Virumaa_algkoolid, lk 18
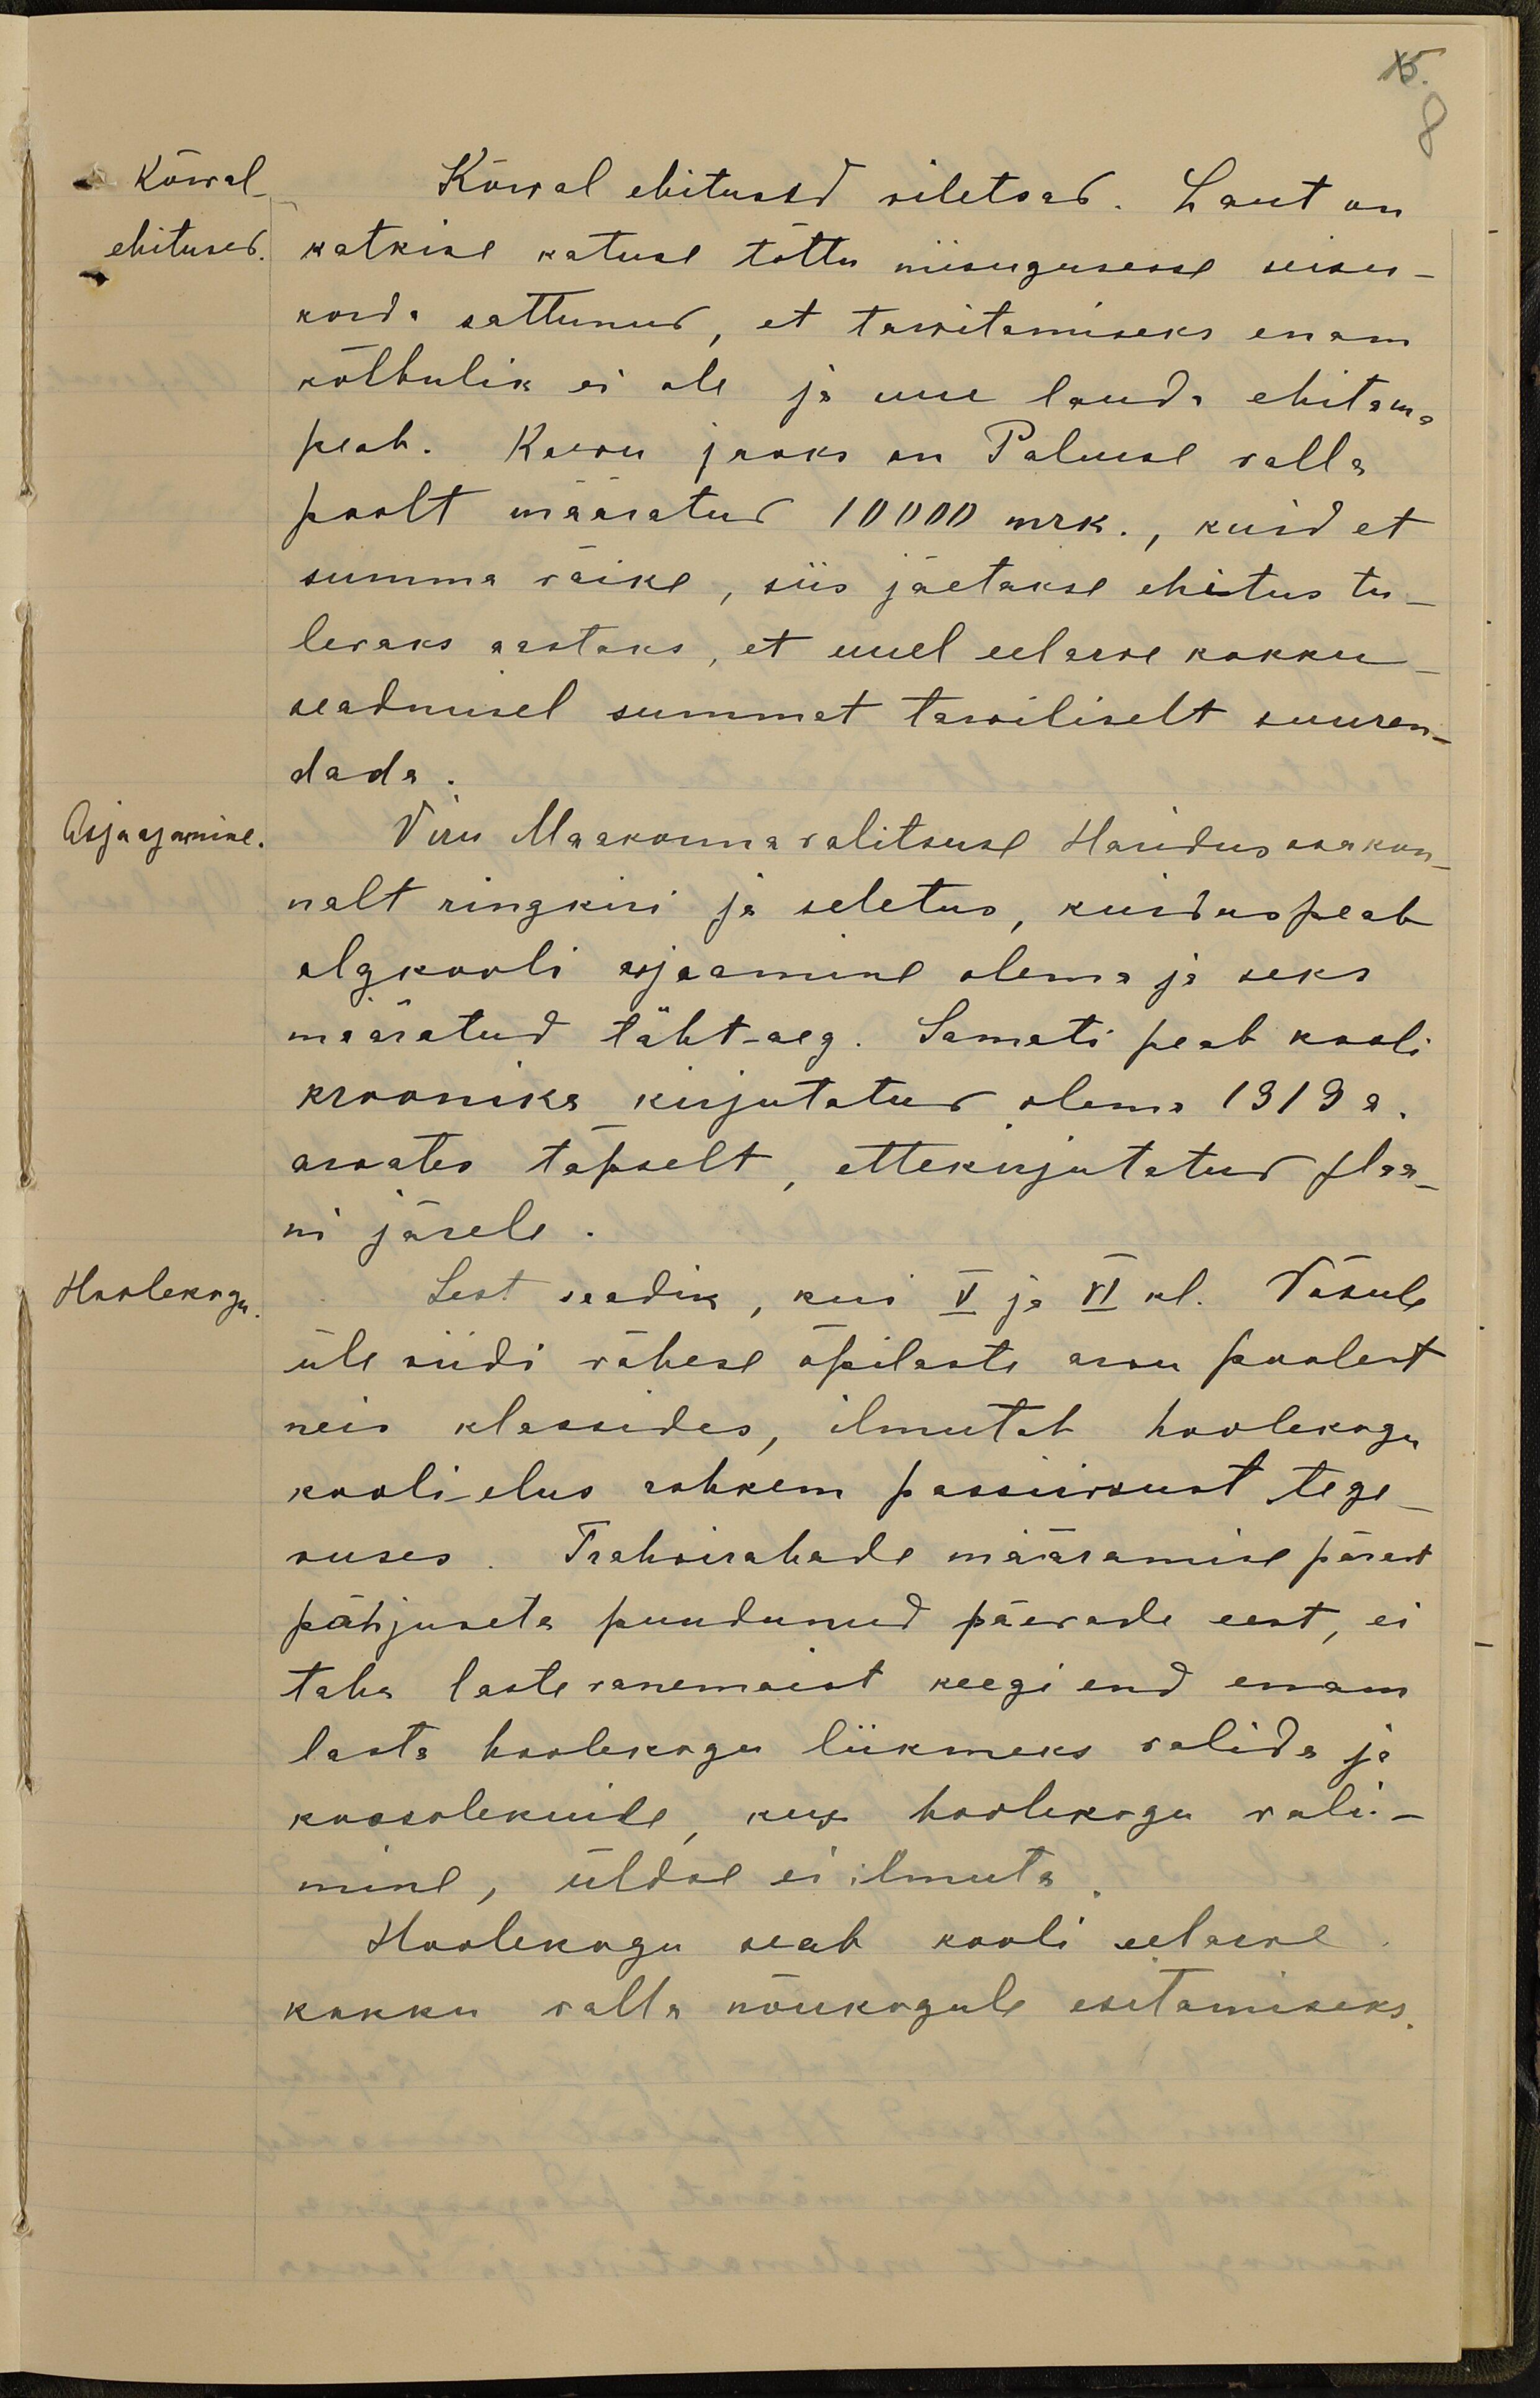
15.
8
Kõrval-
Kõrval ehitused viletsad. Laut on
ehitused.
katkise katuse tõttu niisugusesse seisu-
korda sattunud, et tarvitamiseks enam
kõlbulik ei ole ja uue lauda ehitama
peab. Kaevu jaoks on Palmse valla
poolt määratud 10000 mrk., kuid et
summa väike, siis jäetakse ehitus tu-
levaks aastaks, et uuel eelarve kokku
seadmisel summat tarviliselt suuren-
dada.
Asja ajamine.
Viru Maakonna valitsuse Haridus osakon-
nalt ringkiri ja seletus, kuidas peab
algkooli asjaamine olema ja seks
määratud täht-aeg. Samati peab kooli
kroonika kirjutatud olema 1919 a.
arvates täpselt, ettekirjutatud plaa-
ni järele.
Hoolekogu
Sest saadik, kui V ja VI kl. Võsule
üle viidi vähese õpilaste arvu poolest
neis klassides, ilmutab hoolekogu
kooli elus rohkem passiivsust tege-
vuses. Trahvirahade määramise pärast
põhjuseta puudunud päevade eest, ei
taha laste vanemad keegi end enam
laste hoolekogu liikmeks valida ja
koosolekuile, kus hoolekogu vali-
mine, üldse ei ilmuta
Hoolekogu seab kooli eelarve
kokku valla nõukogule esitamiseks.